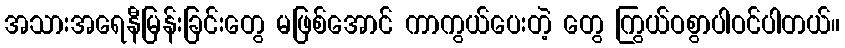
အသားအရေနီမြန်းခြင်းတွေ မဖြစ်အောင် ကာကွယ်ပေးတဲ့ တွေ ကြွယ်ဝစွာပါဝင်ပါတယ်။